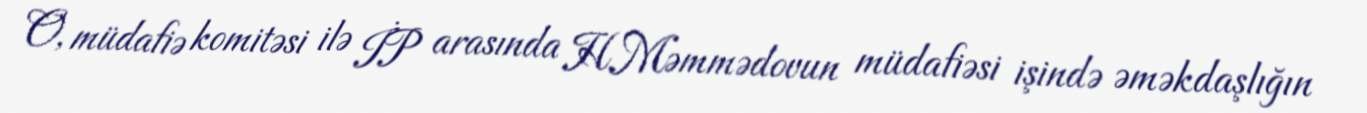
O, müdafiə komitəsi ilə İP arasında H.Məmmədovun müdafiəsi işində əməkdaşlığın